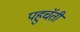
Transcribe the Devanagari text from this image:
पहुचॅती